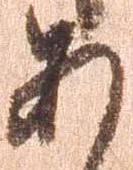
あ